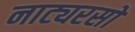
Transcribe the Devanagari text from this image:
नाट्यरसों